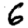
Digit: 6